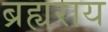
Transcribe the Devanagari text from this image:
ब्रह्यराय